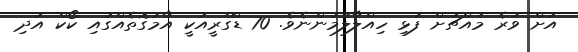
އަށް ވުރެ މައްޗަށް ފުޅި ހިއްލާލުމުންނެވެ. 70 ޑްގްރީއަކީ އާމުގޮތެއްގައި ކޯކް އަދި